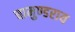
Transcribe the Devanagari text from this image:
चामुण्डराय